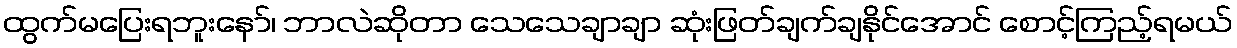
ထွက်မပြေးရဘူးနော်၊ ဘာလဲဆိုတာ သေသေချာချာ ဆုံးဖြတ်ချက်ချနိုင်အောင် စောင့်ကြည့်ရမယ်